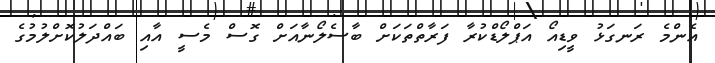
އެންމެ ރަނގަޅު ވީޑިއޯ އަޕްލޯޑްކުރާ ފަރާތްތަކަށް ބާސެލޯނާއަށް ގޮސް މެސީ އާއި ބައްދަލުކޮށްލުމުގެ